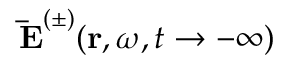
\mathbf { \, \bar { E } } ^ { ( \pm ) } ( \mathbf { r } , \omega , t \rightarrow - \infty )